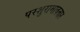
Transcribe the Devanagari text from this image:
परशुरामावतार